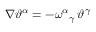
\nabla \vartheta ^ { \alpha } = - \omega ^ { \alpha } { } _ { \gamma } \, \vartheta ^ { \gamma }